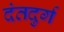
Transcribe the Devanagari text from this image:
दंतदुर्ग